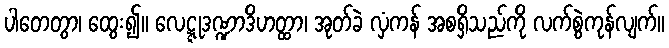
ပါတေတွာ၊ ထွေး၍။ လေဋ္ဋုဒဏ္ဍာဒိဟတ္ထာ၊ အုတ်ခဲ လှံကန် အစရှိသည်ကို လက်စွဲကုန်လျက်။